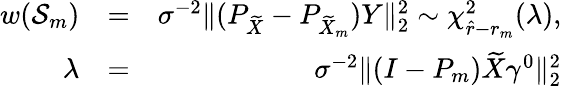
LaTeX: \begin{array}{rlr}{w(\mathcal{S}_{m})}&{=}&{\sigma^{-2}\| (P_{\widetilde{X}}-P_{\widetilde{X}_{m}})Y\| _{2}^{2}\sim\chi_{\hat{r}-r_{m}}^{2}(\lambda),}\\ {\lambda}&{=}&{\sigma^{-2}\| (I-P_{m})\widetilde{X}\gamma^{0}\| _{2}^{2}}\end{array}